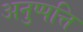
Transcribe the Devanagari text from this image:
अनुप्पत्ति